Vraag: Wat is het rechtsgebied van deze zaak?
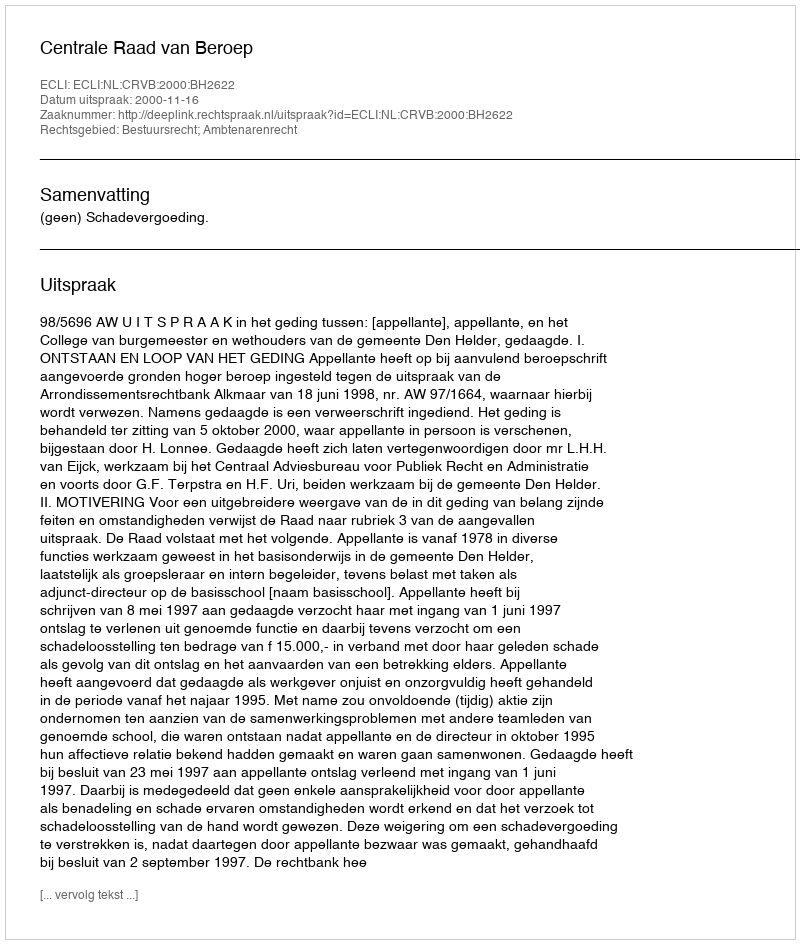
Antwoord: Bestuursrecht; Ambtenarenrecht